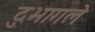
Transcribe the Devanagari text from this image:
दुभागले